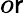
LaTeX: o\mathsf{r}